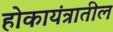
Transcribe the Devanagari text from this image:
होकायंत्रातील